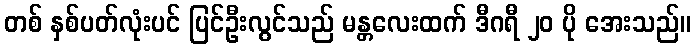
တစ် နှစ်ပတ်လုံးပင် ပြင်ဦးလွင်သည် မန္တလေးထက် ဒီဂရီ ၂၀ ပို အေးသည်။